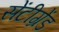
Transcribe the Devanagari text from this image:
सेंटीग्रेंड